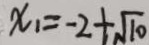
x _ { 1 } = - 2 + \sqrt { 1 0 }